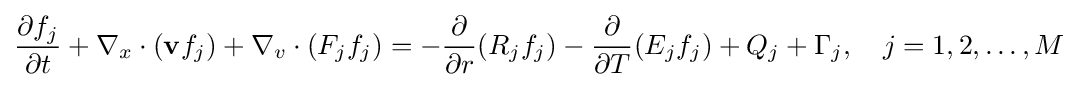
{\frac {\partial f_{j}}{\partial t}}+\nabla _{x}\cdot (\mathbf {v} f_{j})+\nabla _{v}\cdot (F_{j}f_{j})=-{\frac {\partial }{\partial r}}(R_{j}f_{j})-{\frac {\partial }{\partial T}}(E_{j}f_{j})+Q_{j}+\Gamma _{j},\quad j=1,2,\ldots ,M